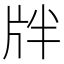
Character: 牉